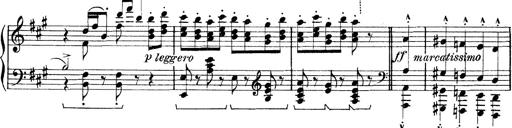
Title: Rapsodie: 19 ungheresi, 1 spagnuola
Composer: Franz Liszt